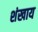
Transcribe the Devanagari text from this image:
शंखाय